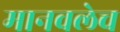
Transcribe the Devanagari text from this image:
मानवलेच